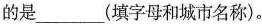
的是___(填字母和城市名称)。